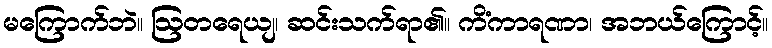
မကြောက်ဘဲ။ ဩတရေယျ၊ ဆင်းသက်ရာ၏။ ကိံကာရဏာ၊ အဘယ်ကြောင့်။